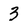
Character: 3